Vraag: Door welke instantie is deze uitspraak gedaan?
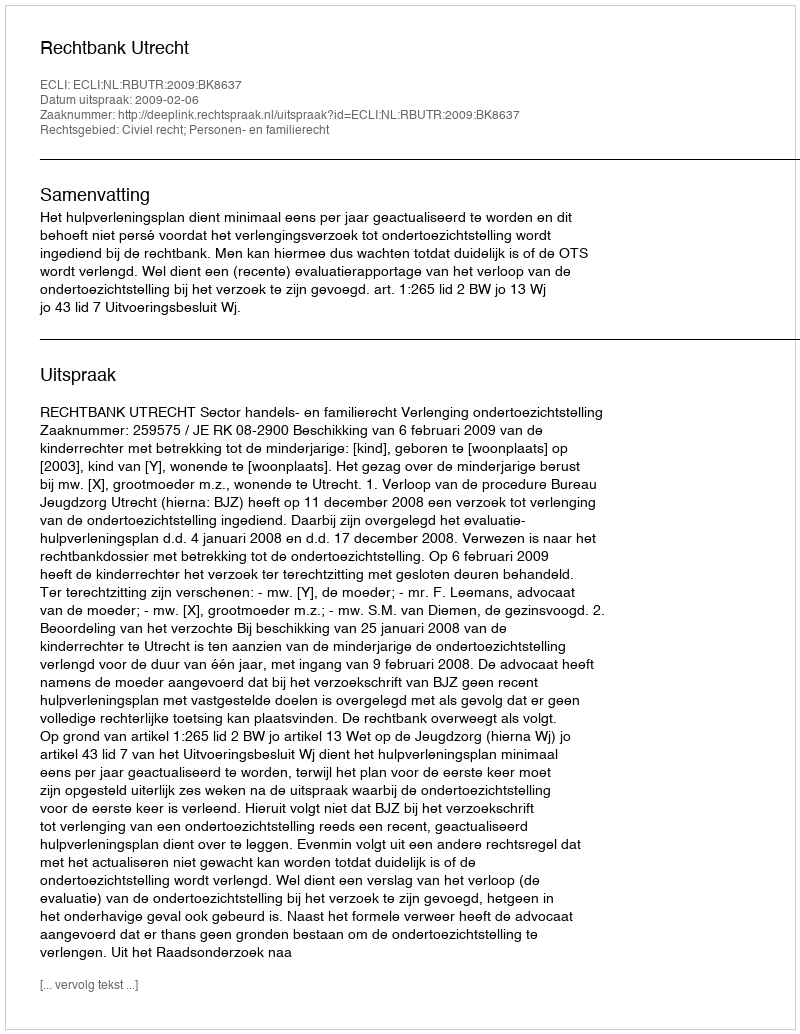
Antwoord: Rechtbank Utrecht